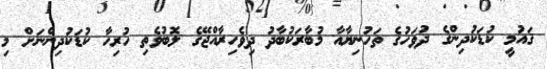
ޤައުމީ ކުޑަކުދިންގެ ދުވަހުގެ ތަހުނިޔާއާ މުބާރަކުބާދު ދިވެހިރާއްޖޭގެ ލޮބުވެތި ހުރިހާ ކުޑަކުދިންނަށް މި